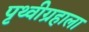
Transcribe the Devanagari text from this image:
पृथ्वीग्रहाला